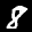
Label: 8